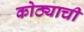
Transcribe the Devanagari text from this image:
कोठ्याची